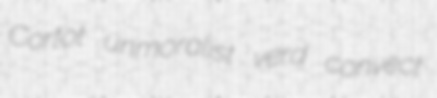
Cortot unmoralist verd convect